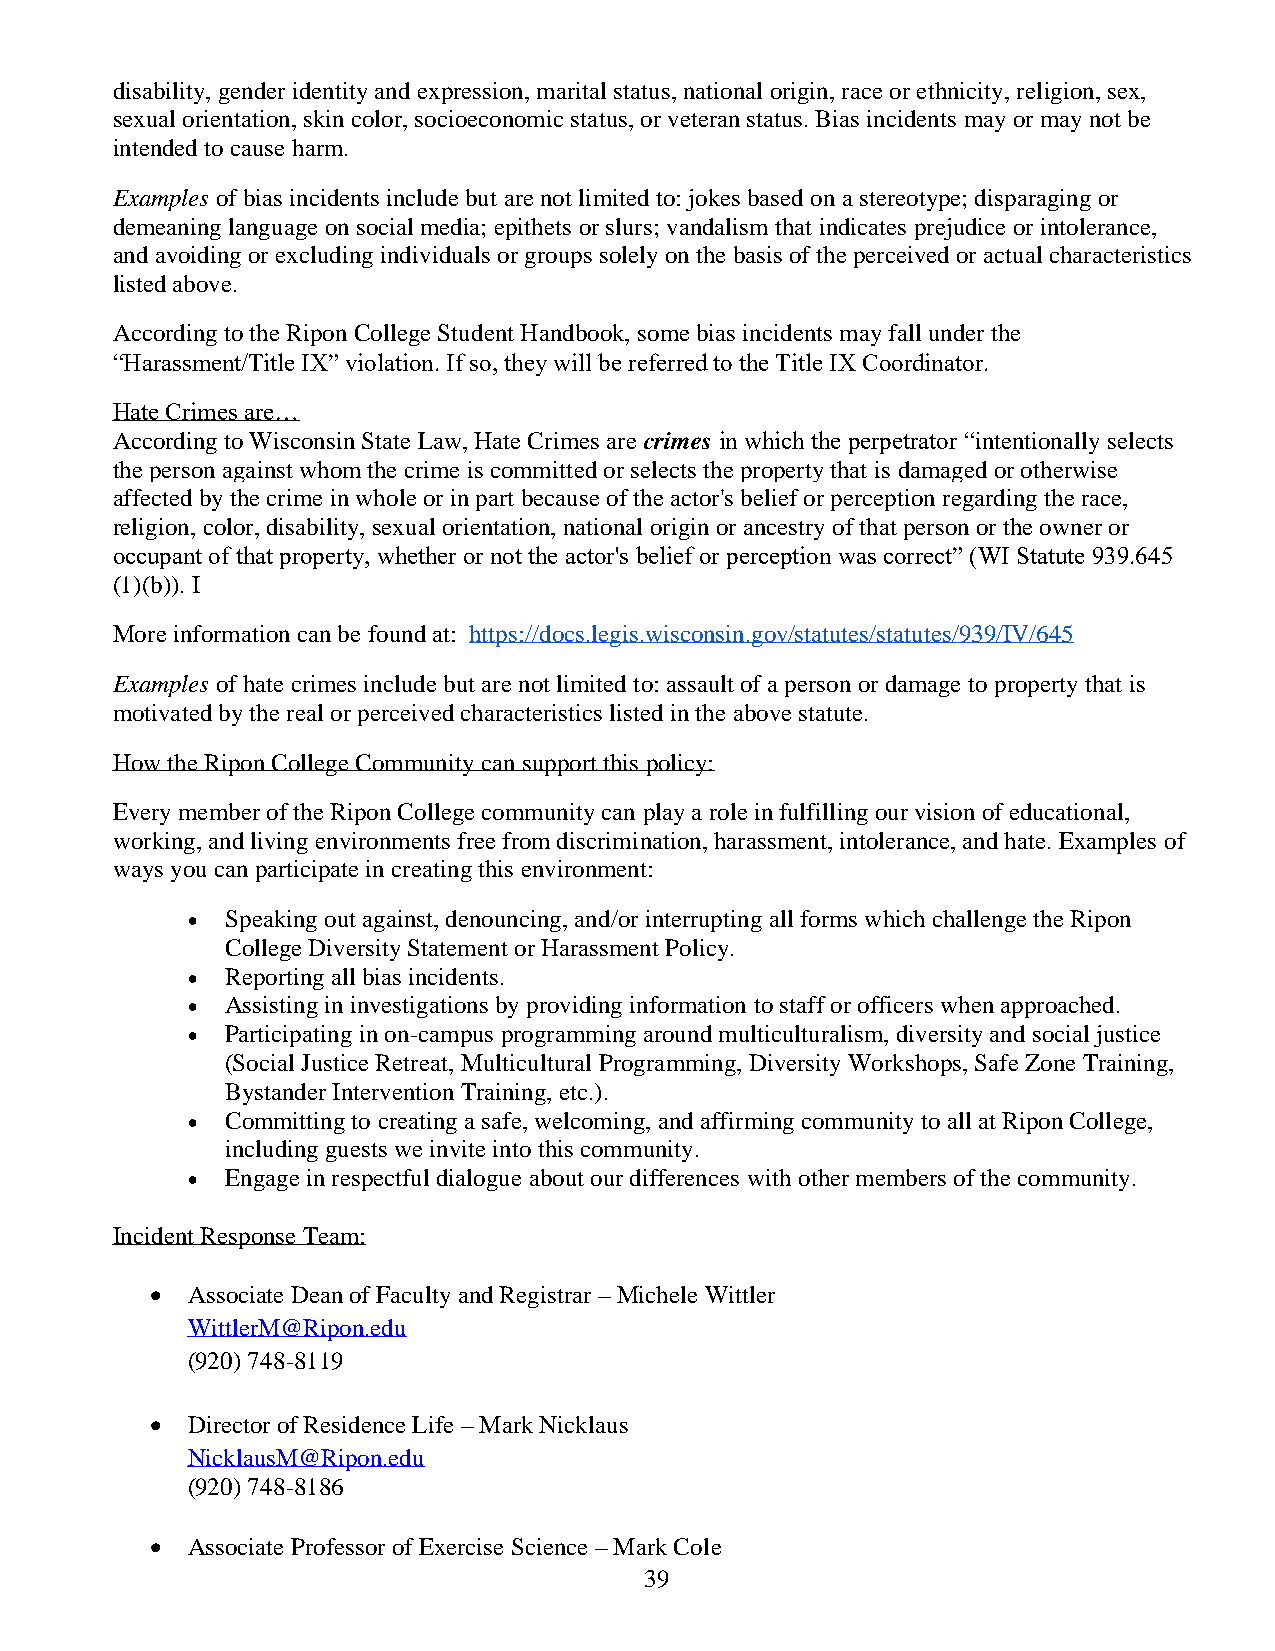
disability, gender identity and expression, marital status, national origin, race or ethnicity, religion, sex,
 sexual orientation, skin color, socioeconomic status, or veteran status. Bias incidents may or may not be
 intended to cause harm.
 Examples of bias incidents include but are not limited to: jokes based on a stereotype; disparaging or
 demeaning language on social media; epithets or slurs; vandalism that indicates prejudice or intolerance,
 and avoiding or excluding individuals or groups solely on the basis of the perceived or actual characteristics
 listed above.
 According to the Ripon College Student Handbook, some bias incidents may fall under the
 “Harassment/Title IX” violation. If so, they will be referred to the Title IX Coordinator.
 Hate Crimes are…
 According to Wisconsin State Law, Hate Crimes are crimes in which the perpetrator “intentionally selects
 the person against whom the crime is committed or selects the property that is damaged or otherwise
 affected by the crime in whole or in part because of the actor's belief or perception regarding the race,
 religion, color, disability, sexual orientation, national origin or ancestry of that person or the owner or
 occupant of that property, whether or not the actor's belief or perception was correct” (WI Statute 939.645
 (1)(b)). I
 More information can be found at: https://docs.legis.wisconsin.gov/statutes/statutes/939/IV/645
 Examples of hate crimes include but are not limited to: assault of a person or damage to property that is
 motivated by the real or perceived characteristics listed in the above statute.
 How the Ripon College Community can support this policy:
 Every member of the Ripon College community can play a role in fulfilling our vision of educational,
 working, and living environments free from discrimination, harassment, intolerance, and hate. Examples of
 ways you can participate in creating this environment:
 •  Speaking out against, denouncing, and/or interrupting all forms which challenge the Ripon
 College Diversity Statement or Harassment Policy.
 •  Reporting all bias incidents.
 •  Assisting in investigations by providing information to staff or officers when approached.
 •  Participating in on-campus programming around multiculturalism, diversity and social justice
 (Social Justice Retreat, Multicultural Programming, Diversity Workshops, Safe Zone Training,
 Bystander Intervention Training, etc.).
 •  Committing to creating a safe, welcoming, and affirming community to all at Ripon College,
 including guests we invite into this community.
 •  Engage in respectful dialogue about our differences with other members of the community.
 Incident Response Team:
 • Associate Dean of Faculty and Registrar – Michele Wittler
 WittlerM@Ripon.edu
 (920) 748-8119
 • Director of Residence Life – Mark Nicklaus
 NicklausM@Ripon.edu
 (920) 748-8186
 • Associate Professor of Exercise Science – Mark Cole
 39